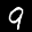
Label: 9